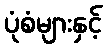
ပုံစံများနှင့်